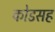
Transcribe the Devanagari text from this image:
कोडसह